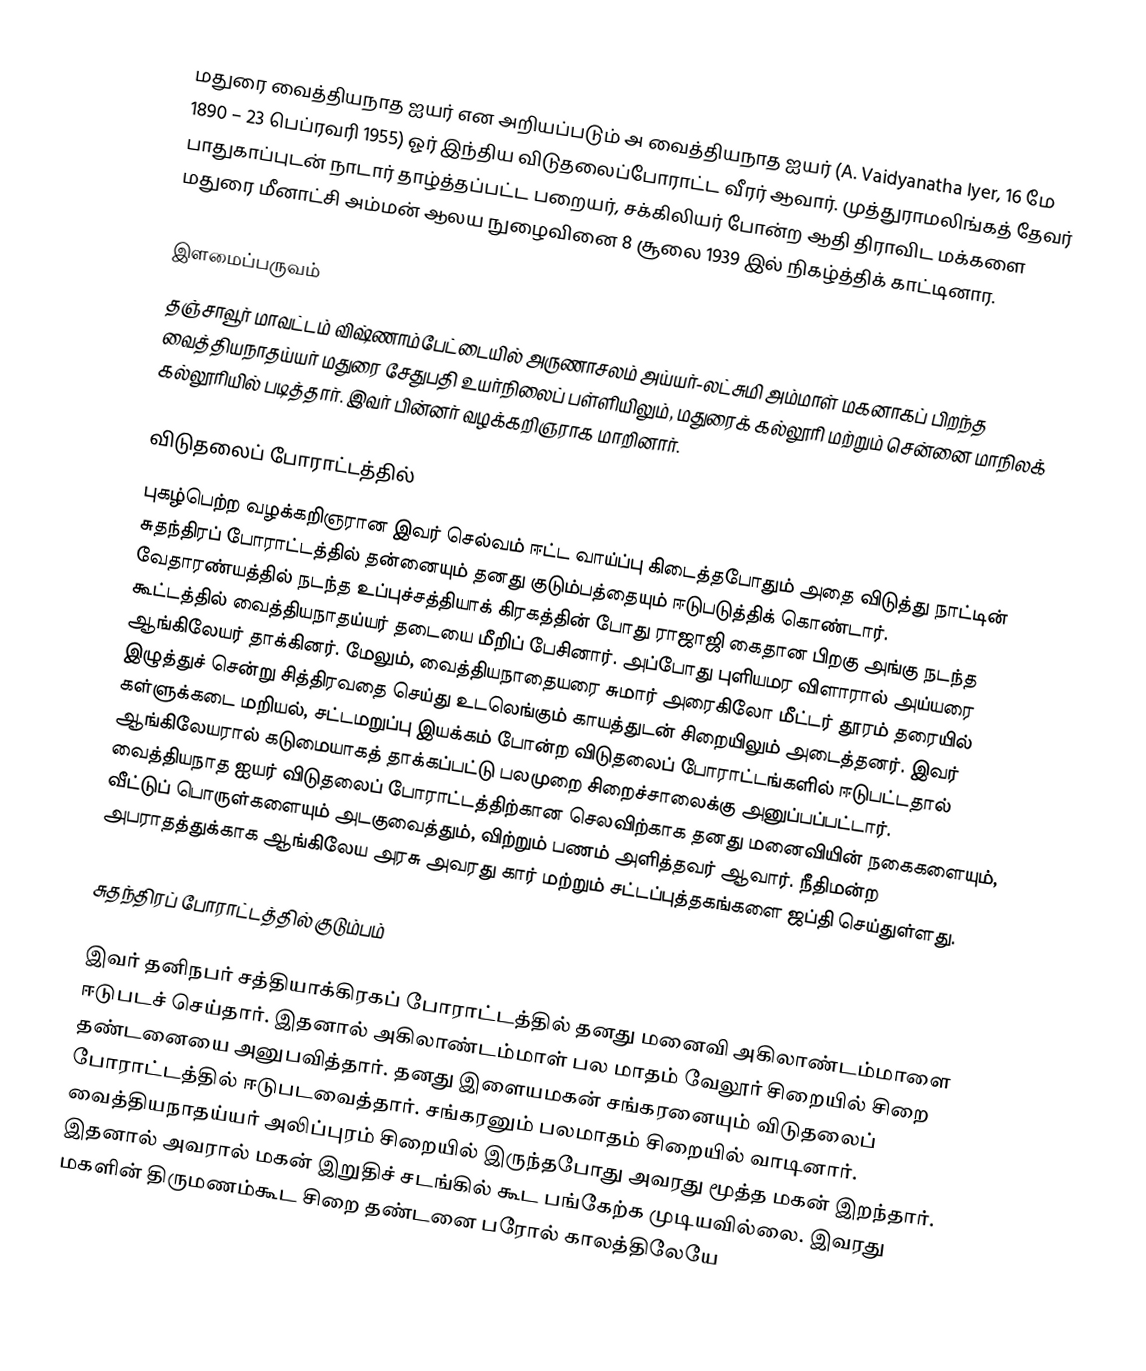
மதுரை வைத்தியநாத ஐயர் என அறியப்படும் அ வைத்தியநாத ஐயர் (A. Vaidyanatha Iyer, 16 மே 1890 – 23 பெப்ரவரி 1955) ஓர் இந்திய விடுதலைப்போராட்ட வீரர் ஆவார். முத்துராமலிங்கத் தேவர் பாதுகாப்புடன் நாடார்  தாழ்த்தப்பட்ட  பறையர், சக்கிலியர் போன்ற ஆதி திராவிட மக்களை மதுரை மீனாட்சி அம்மன் ஆலய நுழைவினை 8 சூலை 1939 இல் நிகழ்த்திக் காட்டினார.

இளமைப்பருவம்
தஞ்சாவூர் மாவட்டம் விஷ்ணாம்பேட்டையில் அருணாசலம் அய்யர்-லட்சுமி அம்மாள் மகனாகப் பிறந்த வைத்தியநாதய்யர் மதுரை சேதுபதி உயர்நிலைப் பள்ளியிலும், மதுரைக் கல்லூரி மற்றும் சென்னை மாநிலக் கல்லூரியில் படித்தார். இவர் பின்னர் வழக்கறிஞராக மாறினார்.

விடுதலைப் போராட்டத்தில்
புகழ்பெற்ற வழக்கறிஞரான இவர் செல்வம் ஈட்ட வாய்ப்பு கிடைத்தபோதும் அதை விடுத்து நாட்டின் சுதந்திரப் போராட்டத்தில் தன்னையும் தனது குடும்பத்தையும் ஈடுபடுத்திக் கொண்டார். வேதாரண்யத்தில் நடந்த உப்புச்சத்தியாக் கிரகத்தின் போது ராஜாஜி கைதான பிறகு அங்கு நடந்த கூட்டத்தில் வைத்தியநாதய்யர் தடையை மீறிப் பேசினார். அப்போது புளியமர விளாரால் அய்யரை ஆங்கிலேயர் தாக்கினர். மேலும், வைத்தியநாதையரை சுமார் அரைகிலோ மீட்டர் தூரம் தரையில் இழுத்துச் சென்று சித்திரவதை செய்து உடலெங்கும் காயத்துடன் சிறையிலும் அடைத்தனர். இவர் கள்ளுக்கடை மறியல், சட்டமறுப்பு இயக்கம் போன்ற விடுதலைப் போராட்டங்களில் ஈடுபட்டதால் ஆங்கிலேயரால் கடுமையாகத் தாக்கப்பட்டு பலமுறை சிறைச்சாலைக்கு அனுப்பப்பட்டார். வைத்தியநாத ஐயர் விடுதலைப் போராட்டத்திற்கான செலவிற்காக தனது மனைவியின் நகைகளையும், வீட்டுப் பொருள்களையும் அடகுவைத்தும், விற்றும் பணம் அளித்தவர் ஆவார். நீதிமன்ற அபராதத்துக்காக ஆங்கிலேய அரசு அவரது கார் மற்றும் சட்டப்புத்தகங்களை ஜப்தி செய்துள்ளது.

சுதந்திரப் போராட்டத்தில் குடும்பம்

இவர் தனிநபர் சத்தியாக்கிரகப் போராட்டத்தில் தனது மனைவி அகிலாண்டம்மாளை ஈடுபடச் செய்தார். இதனால் அகிலாண்டம்மாள் பல மாதம் வேலூர் சிறையில் சிறை தண்டனையை அனுபவித்தார். தனது இளையமகன் சங்கரனையும் விடுதலைப் போராட்டத்தில் ஈடுபடவைத்தார். சங்கரனும் பலமாதம் சிறையில் வாடினார். வைத்தியநாதய்யர் அலிப்புரம் சிறையில் இருந்தபோது அவரது மூத்த மகன் இறந்தார். இதனால் அவரால் மகன் இறுதிச் சடங்கில் கூட பங்கேற்க முடியவில்லை. இவரது மகளின் திருமணம்கூட சிறை தண்டனை பரோல் காலத்திலேயே